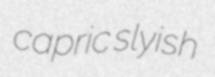
capric slyish